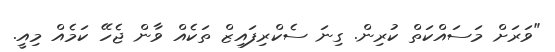
"ވަރަށް މަސައްކަތް ކުރިން. ގިނަ ސެކްރިފައިޒް ތަކެއް ވާން ޖެހޭ ކަމެއް މިއީ.